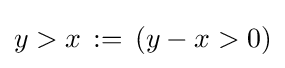
y>x\,:=\,(y-x>0)